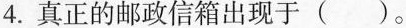
4.真正的邮政信箱出现于()。